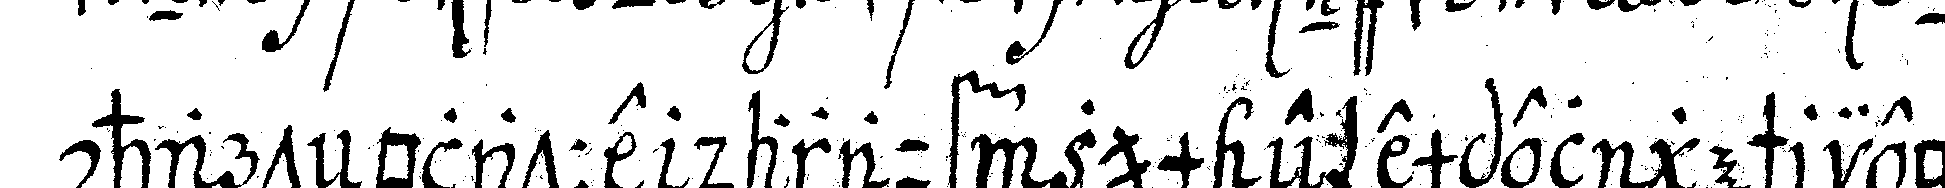
charteNblatte darauf zum exempel geschriebeN